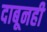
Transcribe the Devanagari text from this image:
दाबूनही